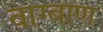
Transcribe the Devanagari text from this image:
वाग्बाण